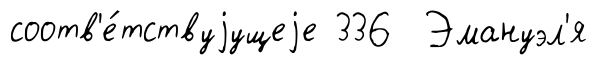
соотв'е́тствуjущеjе 336 Эмануэл'я